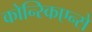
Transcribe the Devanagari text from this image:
कोन्स्किएन्से